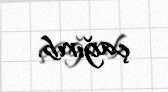
çağırıb.